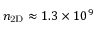
n _ { \mathrm { { 2 D } } } \approx 1 . 3 \times 1 0 ^ { 9 }